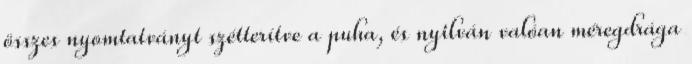
összes nyomtatványt szétterítve a puha, és nyilván valóan méregdrága